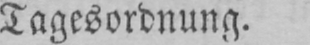
Tagesordnung.